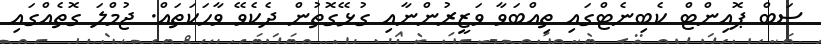
ސަބް ޕޮއިންޓް ކެބިނެޓްގައި ތިއްބަވާ ވަޒީރުންނާއި ގުޅޭގޮތުން ދެކެވޭ ވާހަކަތައް. ޖުމްލަ ގޮތެއްގައި